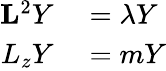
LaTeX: \begin{array}{rl}{\mathbf{L}^{2}Y}&{{}=\lambda Y}\\ {L_{z}Y}&{{}=mY}\end{array}